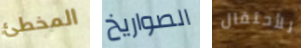
المخطئ الصواريخ للأحتفال